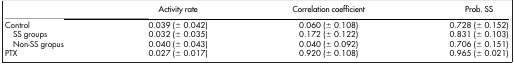
|  | Activity rate | Correlation coefficient | Prob. SS |
 | --- | --- | --- | --- |
 | Control | 0.039 (± 0.042) | 0.060 (± 0.108) | 0.728 (± 0.152) |
 | SS groups | 0.032 (± 0.035) | 0.172 (± 0.122) | 0.831 (± 0.103) |
 | Non-SS gropus | 0.040 (± 0.043) | 0.040 (± 0.092) | 0.706 (± 0.151) |
 | PTX | 0.027 (± 0.017) | 0.920 (± 0.108) | 0.965 (± 0.021) |